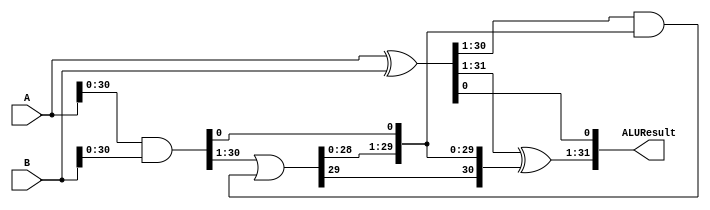
`timescale 1ns / 1ps
//////////////////////////////////////////////////////////////////////////////////
// Company: 
// Engineer: 
// 
// Design Name: 
// Module Name:    Adder2 
// Project Name: 
// Target Devices: 
// Tool versions: 
// Description: 
//
// Dependencies: 
//
// Revision: 
// Revision 0.01 - File Created
// Additional Comments: 
//
//////////////////////////////////////////////////////////////////////////////////
module Adder2(A, B, ALUResult);

	input [31:0] A;
	input [31:0] B;
	output [31:0] ALUResult;
	wire [31:0]p,g,c;
	
   assign p[31:0]=A[31:0]^B[31:0];
   assign g[31:0]=A[31:0]&B[31:0];
   assign c[0]=g[0];
   assign c[31:1]=g[31:1]|(p[31:1]&c[31:0]);
   assign ALUResult[0]=p[0];
   assign ALUResult[31:1]=p[31:1]^c[31:0];

	
/*	
	always @ (a_in, b_in) begin
		sum_out <= CLA(a_in, b_in);
	end
	*/
/*
	input signed [31:0] A;
	input signed [31:0] B;
	output reg [31:0] ALUResult;
	
	always@(A,B)begin
	
		ALUResult <= A + B;
	
	end
	
		*/
	
	
	
endmodule